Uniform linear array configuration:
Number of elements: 64
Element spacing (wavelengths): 0.75
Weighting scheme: kaiser
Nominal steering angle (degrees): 60
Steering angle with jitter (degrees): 59.115
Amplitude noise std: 0.05
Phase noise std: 0.05

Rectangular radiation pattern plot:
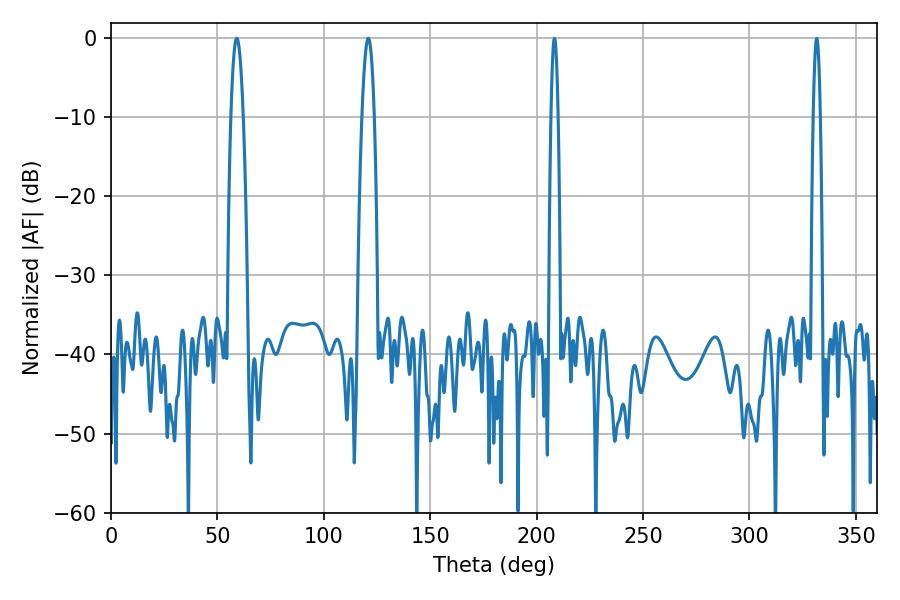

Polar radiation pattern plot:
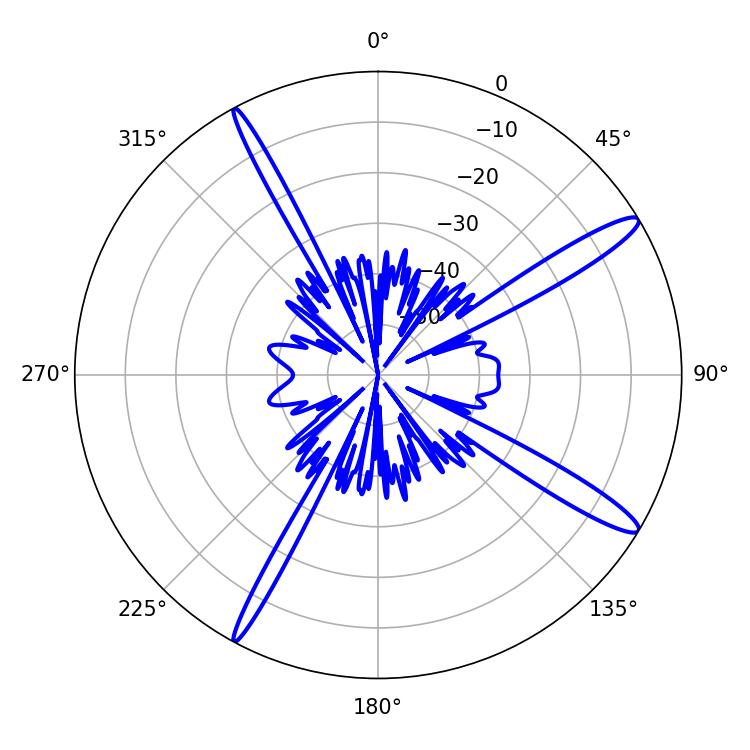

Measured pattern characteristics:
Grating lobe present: TRUE
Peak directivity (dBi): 14.522
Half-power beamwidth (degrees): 3.06
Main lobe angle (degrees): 59.04